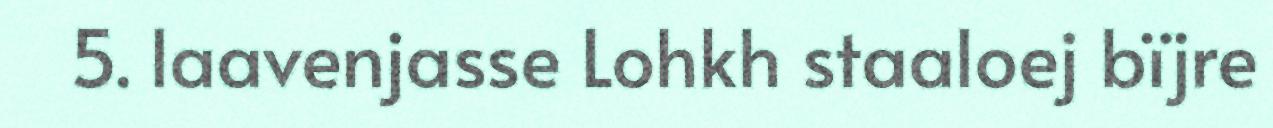
5. laavenjasse Lohkh staaloej bïjre